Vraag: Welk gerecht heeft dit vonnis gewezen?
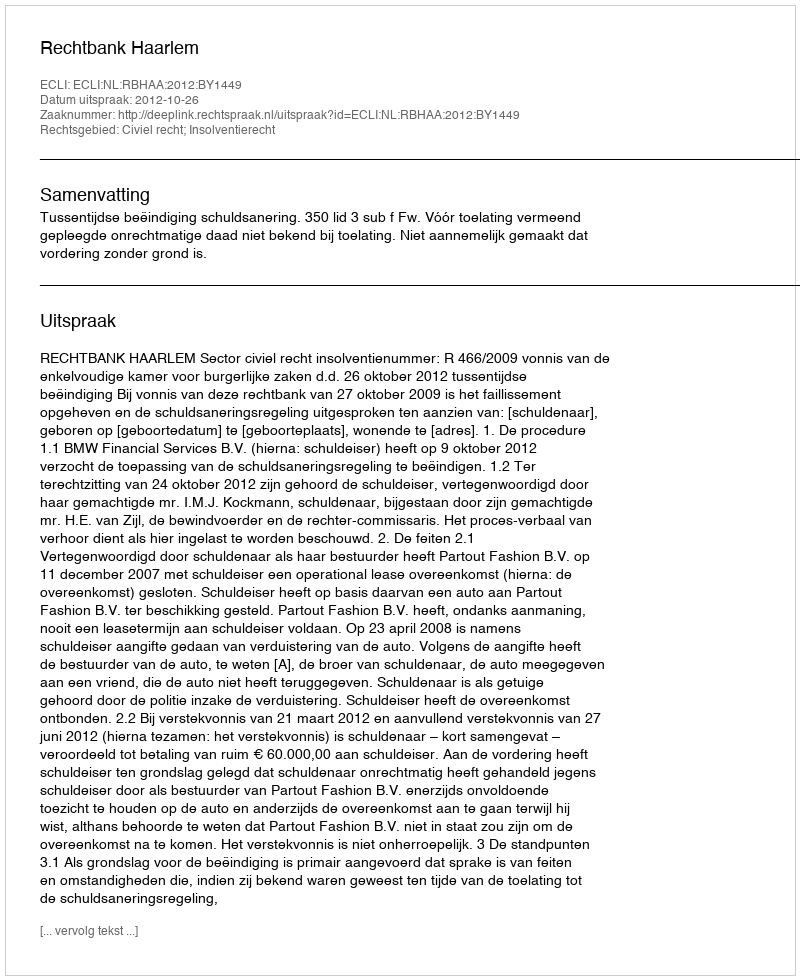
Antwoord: Rechtbank Haarlem